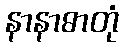
နာနာဓာတုံ